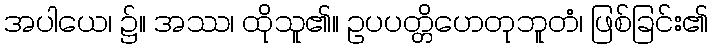
အပါယေ၊ ၌။ အဿ၊ ထိုသူ၏။ ဥပပတ္တိဟေတုဘူတံ၊ ဖြစ်ခြင်း၏